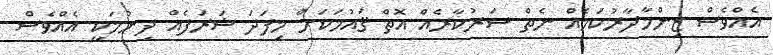
އެއްވެސް ޒިންމާދާރުކަމެއް ނެތް ސަރުކާރެއް އޮތް ޤައުމަކަށް މިފަދަ ޝަރަފެއް ދިނުމަކީ އެއްވެސް